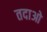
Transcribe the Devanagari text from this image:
तदाओ